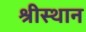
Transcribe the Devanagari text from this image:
श्रीस्थान